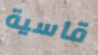
قاسية